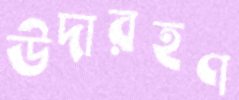
উদারহণ